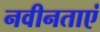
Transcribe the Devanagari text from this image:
नवीनताएं